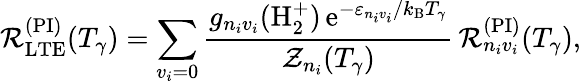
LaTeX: \mathcal{R}_{\mathrm{LTE}}^{(\mathrm{PI})}(T_{\gamma})=\sum_{v_{i}=0}\frac{g_{n_{i}v_{i}}(\mathrm{H}_{2}^{+})\, \mathrm{e}^{-\varepsilon_{n_{i}v_{i}}/k_{\mathrm{B}}T_{\gamma}}}{\mathcal{Z}_{n_{i}}(T_{\gamma})}\, \mathcal{R}_{n_{i}v_{i}}^{(\mathrm{PI})}(T_{\gamma}),